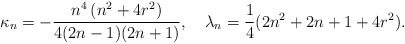
\begin{align*}\kappa_n= -\frac{n^4\left(n^2 + 4 r^2\right)}{4 (2 n - 1) (2 n + 1)},\quad\lambda_n=\frac 14 (2 n^2 + 2 n + 1 + 4 r^2).\end{align*}